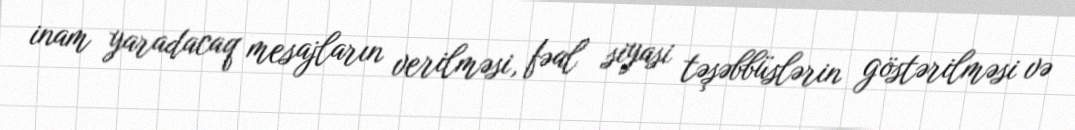
inam yaradacaq mesajların verilməsi, fəal siyasi təşəbbüslərin göstərilməsi və